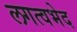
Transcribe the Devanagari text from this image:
लगत्वभेद